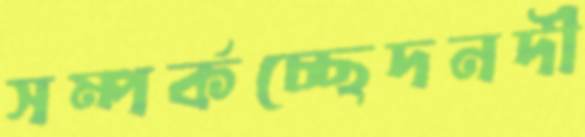
সম্পর্কচ্ছেদনদী